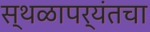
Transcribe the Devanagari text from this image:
स्थळापर्यंतचा